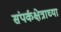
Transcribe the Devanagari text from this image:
संपर्कक्षेत्राच्या